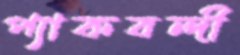
প্যাকবন্দী